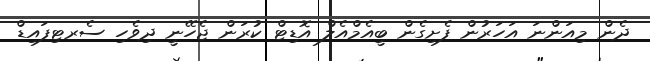
ދެން މިއަންނަ އަހަރުން ފެށިގެން ބީއެމްއެލް އޮޑިޓް ކުރަން ޖެހޭނީ ދިވެހި ސެރޓިފައިޑް